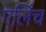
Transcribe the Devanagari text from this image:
एर्लिच